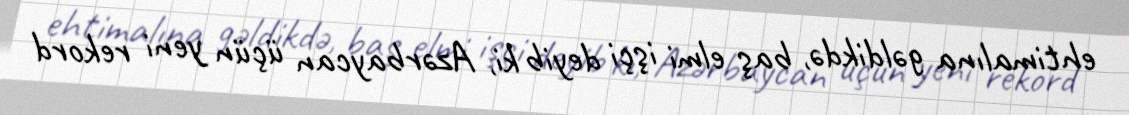
ehtimalına gəldikdə, baş elmi işçi deyib ki, Azərbaycan üçün yeni rekord